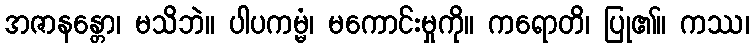
အဇာနန္တော၊ မသိဘဲ။ ပါပကမ္မံ၊ မကောင်းမှုကို။ ကရောတိ၊ ပြု၏။ ကဿ၊